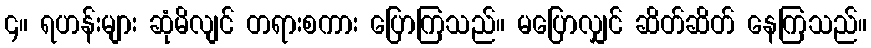
၄။ ရဟန်းများ ဆုံမိလျင် တရားစကား ပြောကြသည်။ မပြောလျှင် ဆိတ်ဆိတ် နေကြသည်။